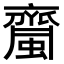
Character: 𧓉